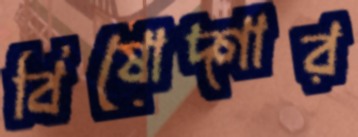
বিষোদ্গার